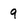
Character: g